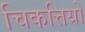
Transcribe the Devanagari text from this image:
चिकत्तियों